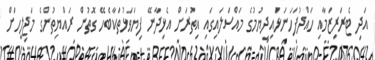
އަދި ޓެރަރިޒަމާއި ހައްދުފަހަނަޅައިދިޔުމުގެ މައްސަލައިގައި އިތުރަށް އެޅިދާނޭ ފިޔަވަޅުތަކާބެހޭ ގޮތުން ރައްޔިތުންގެ މަޖިލީހަށް